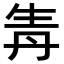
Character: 𤯞